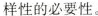
样性的必要性。